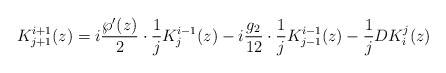
\begin{align*}K_{j+1}^{i+1}(z) = i \frac{\wp'(z)} 2\cdot \frac 1 j K_j^{i-1}(z) - i\frac{g_2}{12}\cdot \frac 1 j K_{j-1}^{i-1}(z) - \frac 1 j DK_i^j(z) \end{align*}